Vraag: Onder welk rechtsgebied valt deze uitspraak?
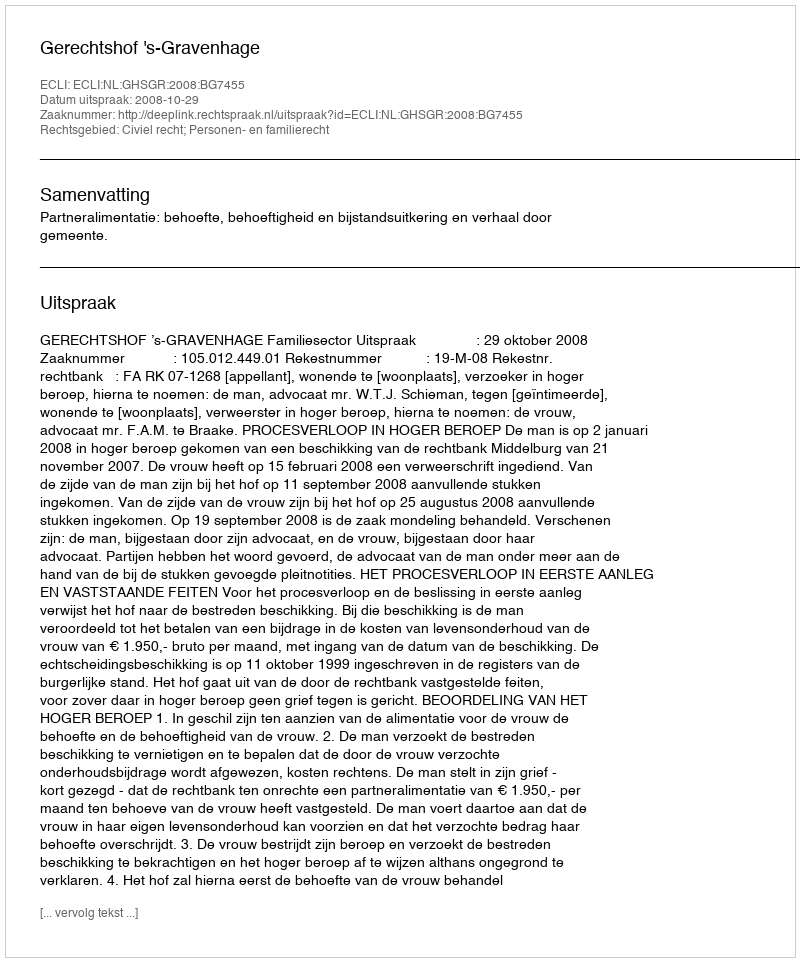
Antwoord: Civiel recht; Personen- en familierecht